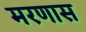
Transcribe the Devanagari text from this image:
मरणास